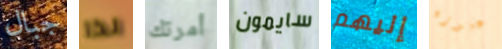
جبال لذا أمرتك سايمون إليهم عبوره